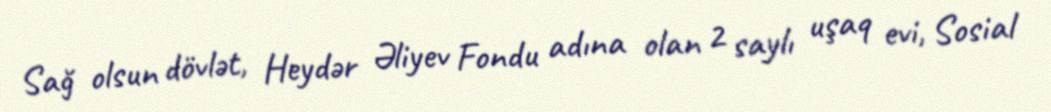
Sağ olsun dövlət, Heydər Əliyev Fondu adına olan 2 saylı uşaq evi, Sosial